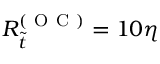
R _ { \tilde { t } } ^ { ( \mathrm { ~ O ~ C ~ } ) } = 1 0 \eta